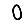
Digit: 0